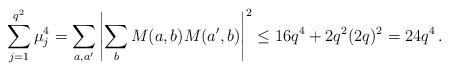
LaTeX: \begin{align*} \sum_{j=1}^{q^2} \mu_j^4 = \sum_{a,a'} \left| \sum_{b} M(a,b) M(a',b) \right|^2 \le 16 q^4 + 2 q^2 (2q)^2 = 24 q^4 \,.\end{align*}